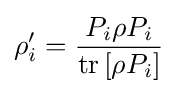
\rho _{i}'={\frac {P_{i}\rho P_{i}}{\operatorname {tr} \left[\rho P_{i}\right]}}